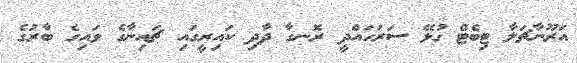
އަރޫނާޗަލާ ޓިބެޓް ގުޅޭ ސަރަހައްދީ ރޮނގާ ދާދި ކައިރީގައި ޗައިނާގެ ވައިގެ ބާރުގެ